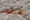
قلت